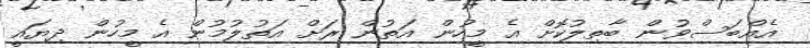
އެއްބަސްވުން ބާތިލުކޮށް އެ މީހުން އަތުން ރަށް އަތުލުމުން އެ މީހުން ދިޔައީ